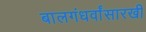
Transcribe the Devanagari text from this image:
बालगंधर्वांसारखी